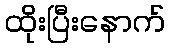
ထိုးပြီးနောက်